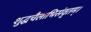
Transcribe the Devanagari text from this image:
शुद्धचैलाभिसंवृतम्।